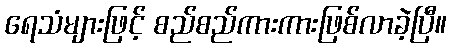
ရေသံများဖြင့် စည်စည်ကားကားဖြစ်လာခဲ့ပြီ။